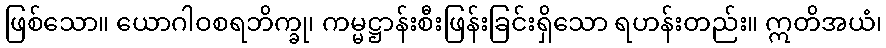
ဖြစ်သော။ ယောဂါဝစရဘိက္ခု၊ ကမ္မဋ္ဌာန်းစီးဖြန်းခြင်းရှိသော ရဟန်းတည်း။ ဣတိအယံ၊